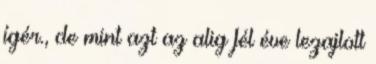
ígér., de mint azt az alig fél éve lezajlott